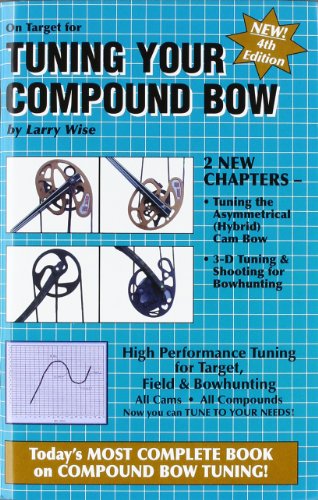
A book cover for On Target for Tuning Your Compound Bow; Larry Wise; Sports & Outdoors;